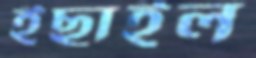
ইছাইল